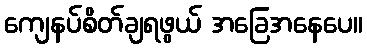
ကျေနပ်စိတ်ချရဖွယ် အခြေအနေပေ။